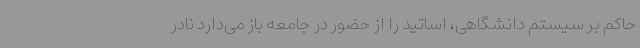
حاکم بر سیستم دانشگاهی، اساتید را از حضور در جامعه باز می‌دارد نادر